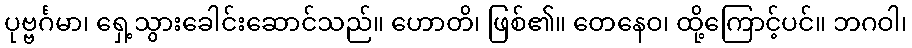
ပုဗ္ဗင်္ဂမာ၊ ရှေ့သွားခေါင်းဆောင်သည်။ ဟောတိ၊ ဖြစ်၏။ တေနေဝ၊ ထို့ကြောင့်ပင်။ ဘဂဝါ၊